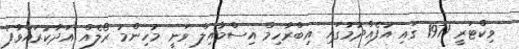
ވިކްޓަރީ 1971 ގައި އުފެއްދުމުގައި އިބްރާހިމް އިސްމާއިލް ވަނީ މުހިންމު ރޯލެއް އަދާކުރައްވާފަ